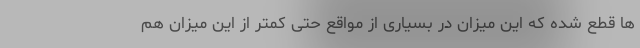
ها قطع شده که این میزان در بسیاری از مواقع حتی کمتر از این میزان هم